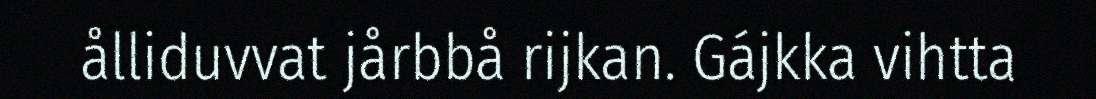
ålliduvvat jårbbå rijkan. Gájkka vihtta